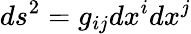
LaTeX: ds^{2}=g_{ij}dx^{i}dx^{j}